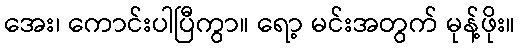
အေး၊ ကောင်းပါပြီကွာ။ ရော့ မင်းအတွက် မုန့်ဖိုး။